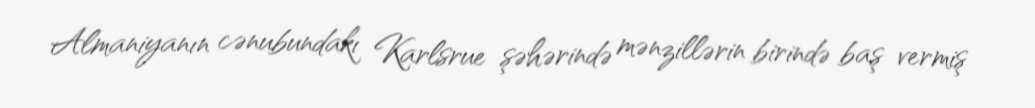
Almaniyanın cənubundakı Karlsrue şəhərində mənzillərin birində baş vermiş